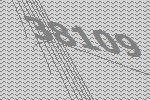
38109